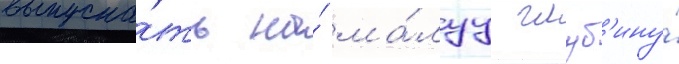
выпуска́ть на́ ма́луу глуб'ину́